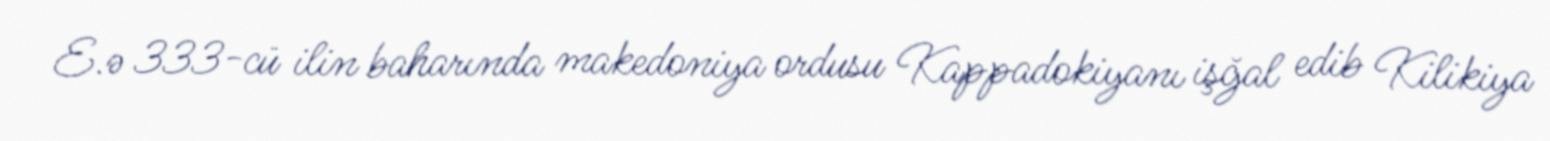
E.ə 333-cü ilin baharında makedoniya ordusu Kappadokiyanı işğal edib Kilikiya